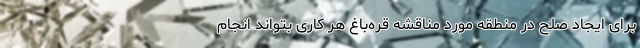
برای ایجاد صلح در منطقه مورد مناقشه قره‌باغ هر کاری بتواند انجام